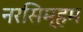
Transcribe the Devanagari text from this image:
नरसिम्हम